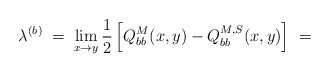
\begin{align*}\lambda^{(b)} \; = \; \lim_{x\rightarrow y} \frac{1}{2}\left[ Q_{bb}^M(x,y) - Q_{bb}^{M,S}(x,y) \right] \; =\end{align*}